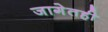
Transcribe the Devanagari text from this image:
जागेतही